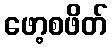
ဖော့စဖိတ်